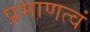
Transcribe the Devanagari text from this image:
प्रमाणत्वं